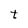
Character: t